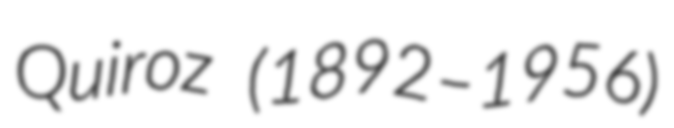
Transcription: Quiroz (1892–1956)